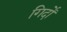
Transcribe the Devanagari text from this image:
गिर्दों